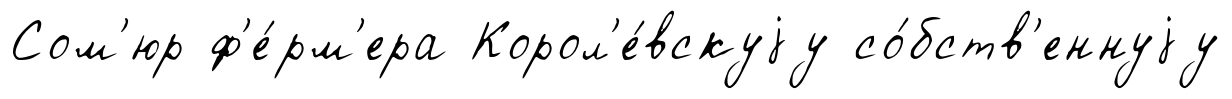
Сом'юр ф'е́рм'ера Корол'е́вскуjу со́бств'еннуjу